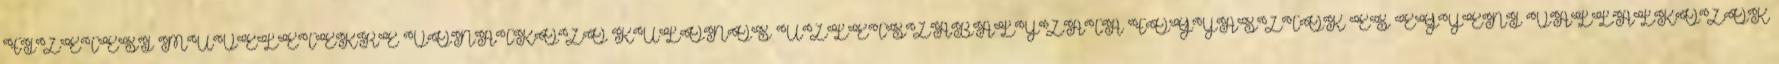
FIZETÉSI MŰVELETEKRE VONATKOZÓ KÜLÖNÖS ÜZLETSZABÁLYZATA FOGYASZTÓK ÉS EGYÉNI VÁLLALKOZÓK